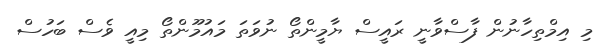
މި އިމްތިހާނުން ފާސްވާނީ ރައީސް ޔާމީންތޯ ނުވަތަ މައުމޫންތޯ މިއީ ވެސް ބަހުސް